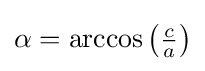
{\textstyle \alpha =\arccos \left({\frac {c}{a}}\right)}